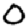
Digit: 0